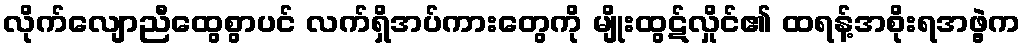
လိုက်လျောညီထွေစွာပင် လက်ရှိအပ်ကားတွေကို မျိုးထွဋ်လှိုင်၏ ထရန့်အစိုးရအဖွဲ့က